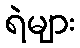
ရဲများ